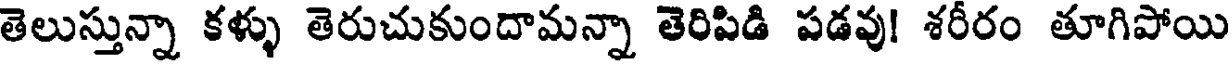
తెలుస్తున్నా కళ్ళు తెరుచుకుందామన్నా తెరిపిడి పడవు! శరీరం తూగిపోయి